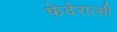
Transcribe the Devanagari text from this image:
फेदेरात्सी